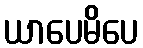
ယာပေမိပေ